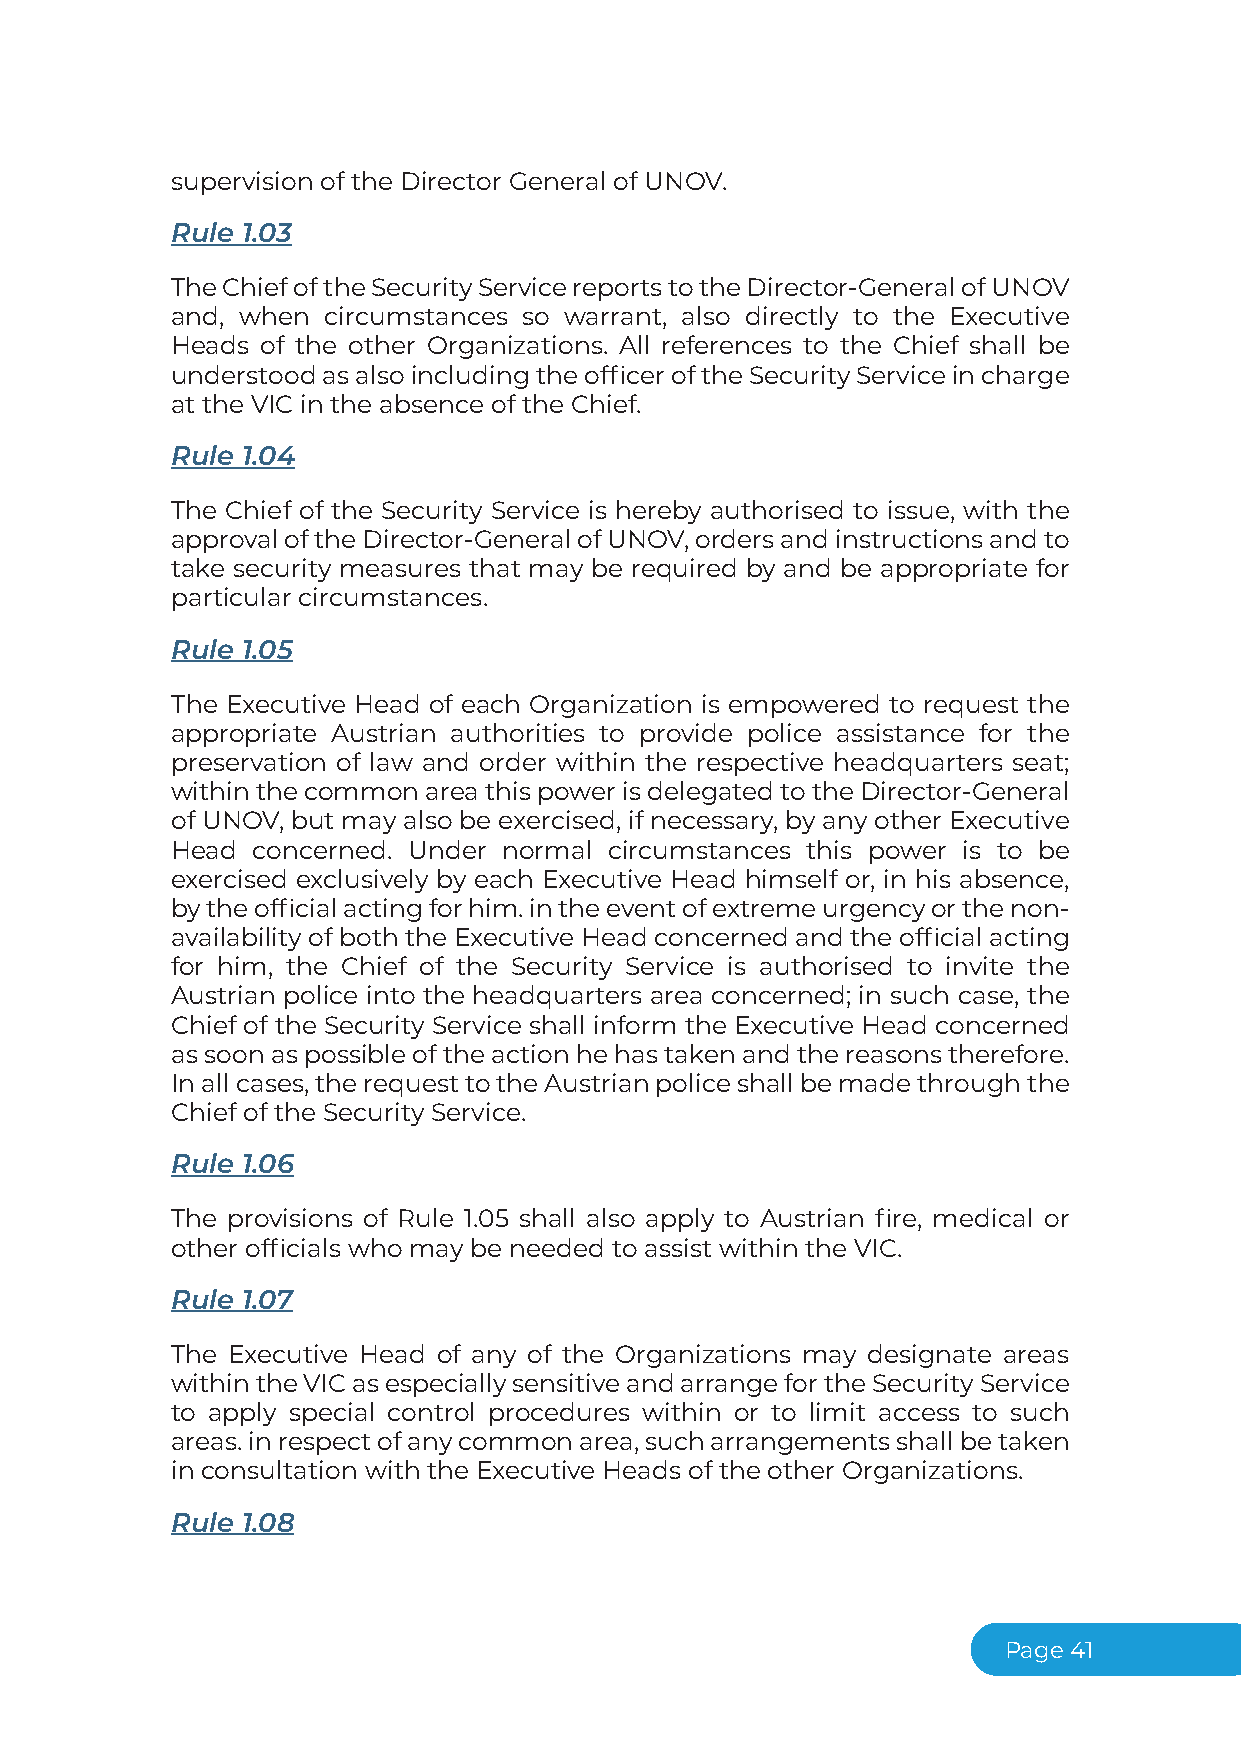
supervision of the Director General of UNOV.
 Rule 1.03
 TheChiefoftheSecurityServicereportstotheDirector-GeneralofUNOV
 and, when circumstances so warrant, also directly to the Executive
 Heads of the other Organizations. All references to the Chief shall be
 understoodasalsoincludingtheofficeroftheSecurityServiceincharge
 at the VIC in the absence of the Chief.
 Rule 1.04
 The Chief of the Security Service is hereby authorised to issue, with the
 approvaloftheDirector-GeneralofUNOV,ordersandinstructionsandto
 take security measures that may be required by and be appropriate for
 particular circumstances.
 Rule 1.05
 The Executive Head of each Organization is empowered to request the
 appropriate Austrian authorities to provide police assistance for the
 preservation of law and order within the respective headquarters seat;
 withinthecommonareathispowerisdelegatedtotheDirector-General
 of UNOV, but may also be exercised, if necessary, by any other Executive
 Head  concerned. Under normal circumstances this power is to be
 exercised exclusively by each Executive Head himself or, in his absence,
 bytheofficialactingforhim.intheeventofextremeurgencyorthenon-
 availability of both the Executive Head concerned and the official acting
 for him, the Chief of the Security Service is authorised to invite the
 Austrian police into the headquarters area concerned; in such case, the
 Chief of the Security Service shall inform the Executive Head concerned
 assoonaspossibleoftheactionhehastakenandthereasonstherefore.
 Inallcases,therequesttotheAustrianpoliceshallbemadethroughthe
 Chief of the Security Service.
 Rule 1.06
 The provisions of Rule 1.05 shall also apply to Austrian fire, medical or
 other officials who may be needed to assist within the VIC.
 Rule 1.07
 The Executive Head of any of the Organizations may designate areas
 withintheVICasespeciallysensitiveandarrangefortheSecurityService
 to apply special control procedures within or to limit access to such
 areas.inrespectofanycommonarea,sucharrangementsshallbetaken
 in consultation with the Executive Heads of the other Organizations.
 Rule 1.08
 Page41